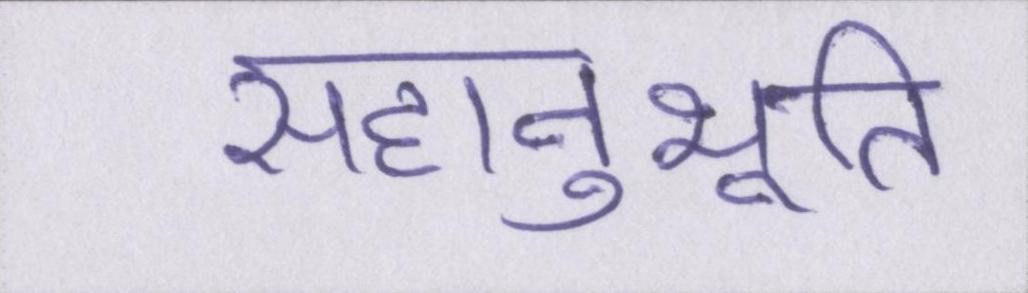
सहानुभूति